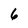
Character: 6